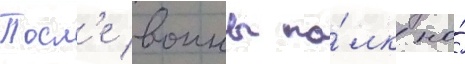
Посл'е воины по́лк на́